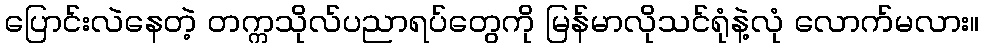
ပြောင်းလဲနေတဲ့ တက္ကသိုလ်ပညာရပ်တွေကို မြန်မာလိုသင်ရုံနဲ့လုံ လောက်မလား။